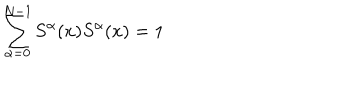
\sum _ { \alpha = 0 } ^ { N - 1 } S ^ { \alpha } ( x ) S ^ { \alpha } ( x ) = 1